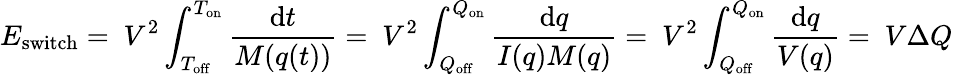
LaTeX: E_{\mathrm{switch}}=\ V^{2}\int_{T_{\mathrm{off}}}^{T_{\mathrm{on}}}{\frac{\mathrm{d}t}{M(q(t))}}=\ V^{2}\int_{Q_{\mathrm{off}}}^{Q_{\mathrm{on}}}{\frac{\mathrm{d}q}{I(q)M(q)}}=\ V^{2}\int_{Q_{\mathrm{off}}}^{Q_{\mathrm{on}}}{\frac{\mathrm{d}q}{V(q)}}=\ V\Delta Q